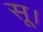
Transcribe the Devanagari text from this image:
सू।